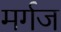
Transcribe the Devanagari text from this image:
मर्गज